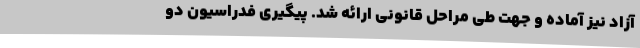
آزاد نیز آماده و جهت طی مراحل قانونی ارائه شد. پیگیری فدراسیون دو